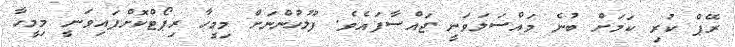
ރޭޕް ކުރި ކަމަށް ބުނެ މައްސަލަވަނީ ޖައްސާފައެވެ. ފުލުހުންނަށް މިމީހާ ރިޕޯޓްކޮށްފައިވަނީ މިމީހާ